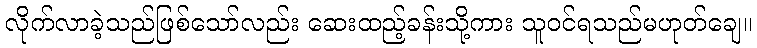
လိုက်လာခဲ့သည်ဖြစ်သော်လည်း ဆေးထည့်ခန်းသို့ကား သူဝင်ရသည်မဟုတ်ချေ။